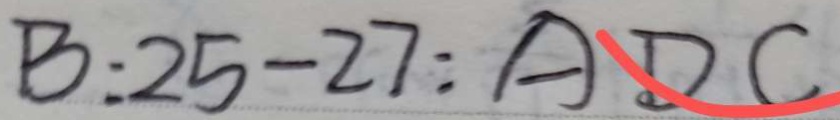
B : 2 5 - 2 7 : A D C